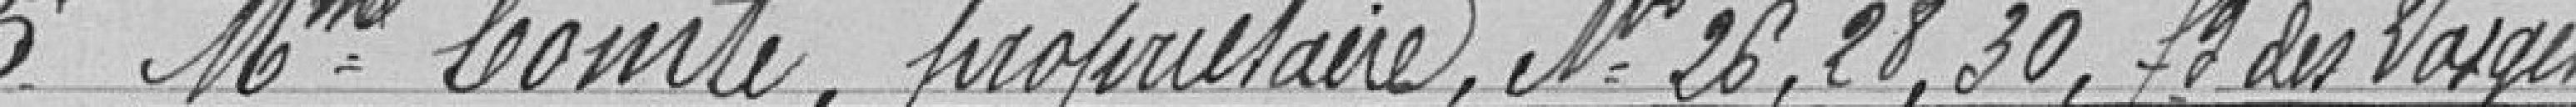
5° Madame Comte, propriétaire N°26,28,30 faubourg des Vosges